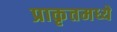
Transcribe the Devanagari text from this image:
प्राकृतमध्ये